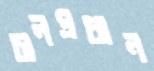
চালপ্রধান